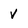
Character: v